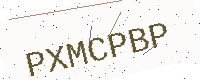
Text: PXMCPBP